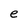
Character: e